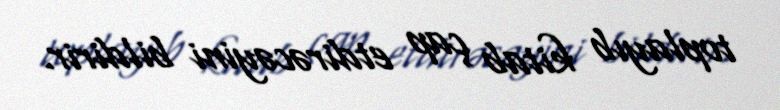
toplayıb kitab çap etdirəcəyini bildirir.